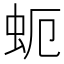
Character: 蚅